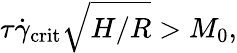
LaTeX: \tau\dot{\gamma}_{\mathrm{crit}}\sqrt{H/R}>M_{0},